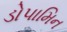
ડોપામિન